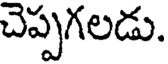
చెప్పగలడు.